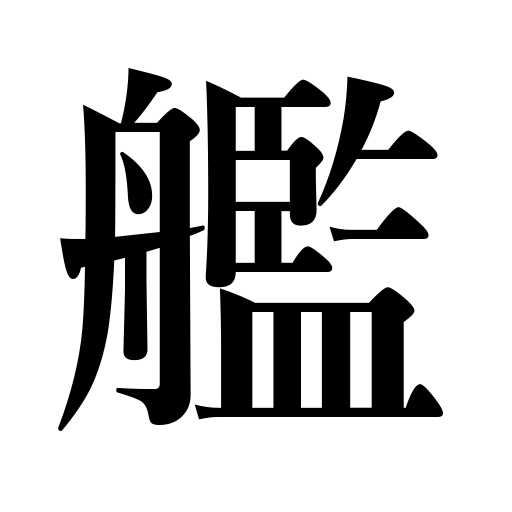
Meanings: warship